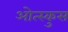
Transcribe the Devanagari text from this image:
ओत्स्कुस